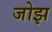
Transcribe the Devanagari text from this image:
जोझ